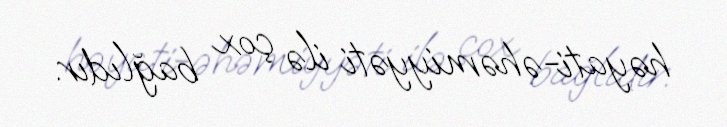
həyati-əhəmiyyəti ilə çox bağlıdır.